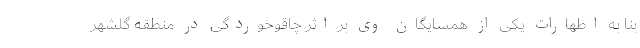
بنا به اظهارات یکی از همسایگان وی بر اثر چاقوخوردگی در منطقه گلشهر